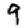
Digit: 9